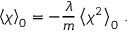
\left\langle \chi \right\rangle _ { 0 } = - \frac { \lambda } { m } \left\langle \chi ^ { 2 } \right\rangle _ { 0 } \, .